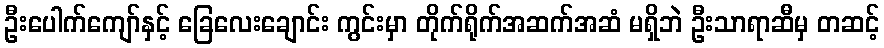
ဦးပေါက်ကျော်နှင့် ခြေလေးချောင်း ကွင်းမှာ တိုက်ရိုက်အဆက်အဆံ မရှိဘဲ ဦးသာရာဆီမှ တဆင့်